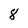
Character: 8